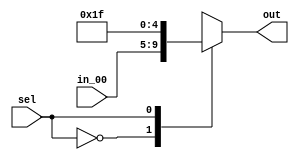
module RegRead(
    input wire [4:0] in_00, // rs
    input wire sel, // seleo
    output reg [4:0] out // output
);
  
  always@(*) begin
    case (sel)
      1'b0: out = in_00; 
      1'b1: out = 32'b11111; //31; 
    endcase
  end
endmodule